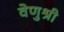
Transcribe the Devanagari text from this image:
वेणुश्री